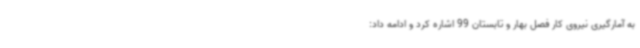
به آمارگیری نیروی کار فصل بهار و تابستان 99 اشاره کرد و ادامه داد: